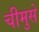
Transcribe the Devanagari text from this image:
चीमुसे